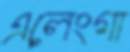
এলেংগা